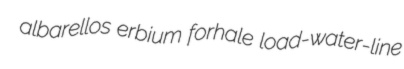
albarellos erbium forhale load-water-line